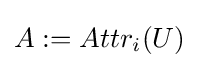
A:=Attr_{i}(U)